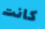
كانت